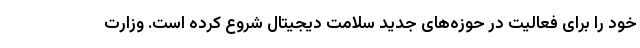
خود را برای فعالیت در حوزه‌های جدید سلامت دیجیتال شروع کرده است. وزارت